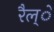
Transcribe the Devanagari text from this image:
रैल्े